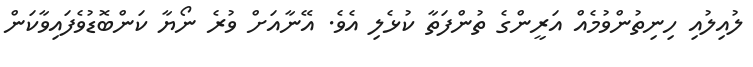
ލުއިލުއި ހިނިތުންވުމެއް އަރީންގެ ތުންފަތާ ކުޅެލި އެވެ. އޭނާއަށް ވުރެ ނޯޔާ ކަންބޮޑުވެފައިވާކަން